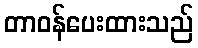
တာဝန်ပေးထားသည်